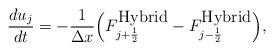
LaTeX: \begin{align*} \frac{du_j}{dt}=-\frac{1}{\Delta x}\Big( F_{j+\frac{1}{2}}^{\mbox{Hybrid}}-F_{j-\frac{1}{2}}^{\mbox{Hybrid}}\Big),\end{align*}